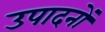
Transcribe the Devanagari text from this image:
उपादनों